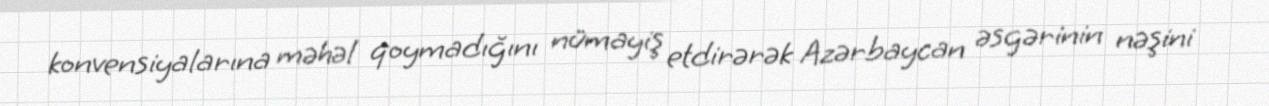
konvensiyalarına məhəl qoymadığını nümayiş etdirərək Azərbaycan əsgərinin nəşini